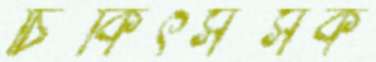
চিকিৎসত্সক